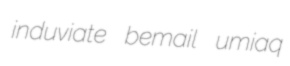
induviate bemail umiaq